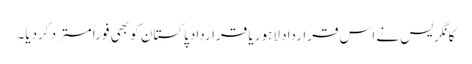
کانگریس نے اس قرارداد لاہور یا قراردادپاکستان کو بھی فوراً مسترد کردیا۔